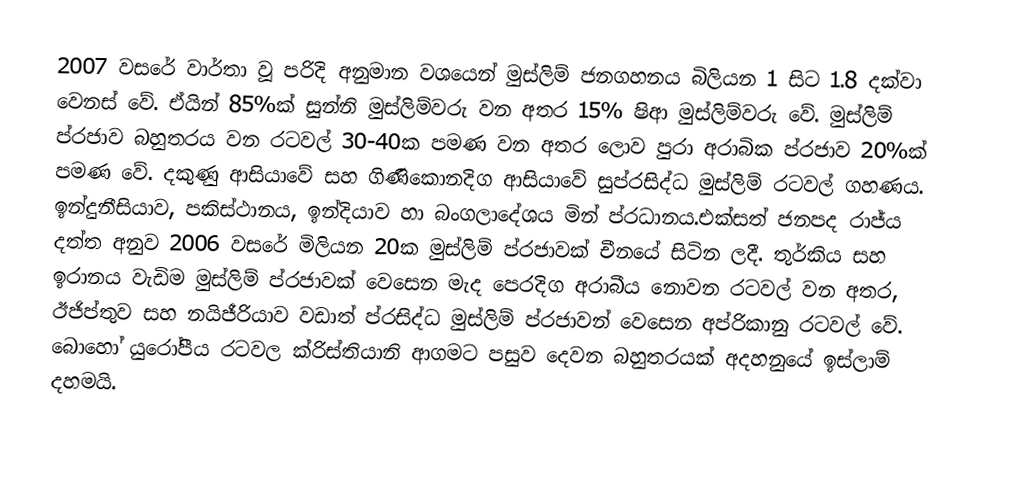
2007 වසරේ වාර්තා වූ පරිදි අනුමාන වශයෙන් මුස්ලිම් ජනගහනය බිලියන 1 සිට 1.8 දක්වා වෙනස් වේ. ඒයින් 85%ක් සුන්නි මුස්ලිම්වරු වන අතර  15% ෂිආ මුස්ලිම්වරු වේ.  මුස්ලිම් ප්රජාව බහුතරය වන රටවල් 30-40ක පමණ වන අතර ලොව පුරා අරාබික ප්රජාව 20%ක් පමණ වේ. දකුණු ආසියාවේ සහ ගිණිකොනදිග ආසියාවේ  සුප්රසිද්ධ මුස්ලිම් රටවල් ගහණය. ඉන්දුනීසියාව, පකිස්ථානය, ඉන්දියාව හා බංගලාදේශය මින් ප්රධානය.එක්සත් ජනපද රාජ්ය දත්ත අනුව 2006 වසරේ මිලියන 20ක මුස්ලිම් ප්රජාවක් චීනයේ සිටින ලදී. තුර්කිය සහ ඉරානය වැඩිම මුස්ලිම් ප්රජාවක් වෙසෙන මැද පෙරදිග අරාබීය නොවන රටවල් වන අතර, ඊජිප්තුව සහ නයිජීරියාව වඩාත් ප්රසිද්ධ මුස්ලිම් ප්රජාවන් වෙසෙන අප්රිකානු රටවල් වේ. බොහෝ යුරෝපීය රටවල ක්රිස්තියානි ආගමට පසුව දෙවන බහුතරයක් අදහනුයේ ඉස්ලාම් දහමයි.